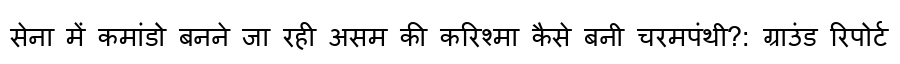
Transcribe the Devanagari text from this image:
सेना में कमांडो बनने जा रही असम की करिश्मा कैसे बनी चरमपंथी?: ग्राउंड रिपोर्ट